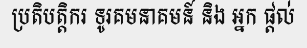
ប្រតិបត្តិករ ទូរគមនាគមន៍ និង អ្នក ផ្តល់